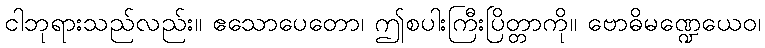
ငါဘုရားသည်လည်း။ ဧသောပေတော၊ ဤစပါးကြီးပြိတ္တာကို။ ဗောဓိမဏ္ဍေယေဝ၊